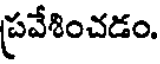
ప్రవేశించడం.